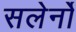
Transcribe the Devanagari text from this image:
सलेर्नो